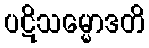
ပဋိသမ္မောဒတိ